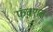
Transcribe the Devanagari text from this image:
फंक्‍शन